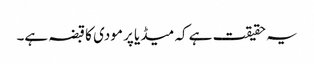
یہ حقیقت ہے کہ میڈیا پر مودی کا قبضہ ہے۔